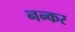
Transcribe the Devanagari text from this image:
नन्कर